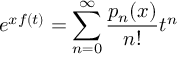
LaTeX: e ^ { x f ( t ) } = \sum _ { n = 0 } ^ { \infty } { \frac { p _ { n } ( x ) } { n ! } } t ^ { n }